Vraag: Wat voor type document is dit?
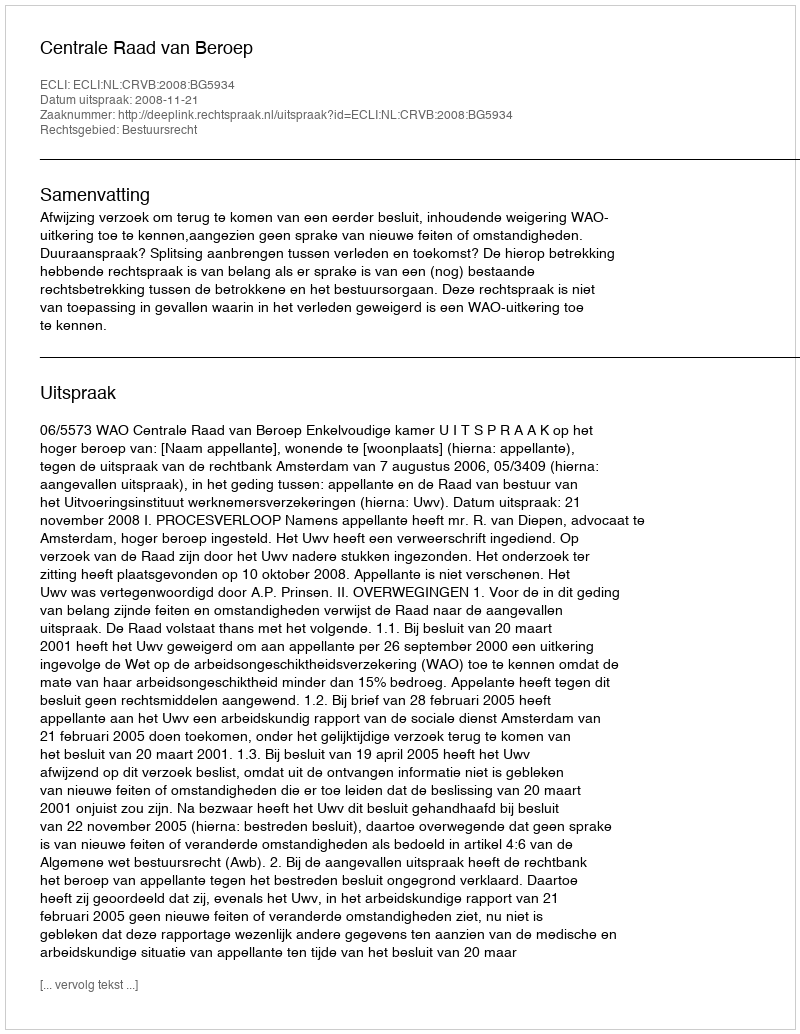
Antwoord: Uitspraak